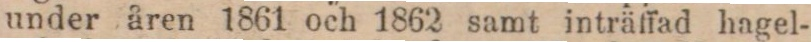
under åren 1861 och 1862 samt inträffad hagel-